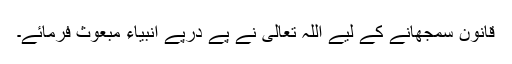
قانون سمجھانے کے لیے اللہ تعالیٰ نے پے درپے انبیاء مبعوث فرمائے۔